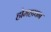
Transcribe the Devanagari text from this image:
होमहावन